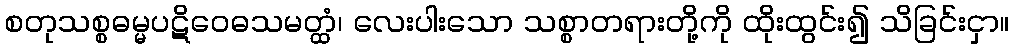
စတုသစ္စဓမ္မပဋိဝေဓသမတ္ထံ၊ လေးပါးသော သစ္စာတရားတို့ကို ထိုးထွင်း၍ သိခြင်းငှာ။